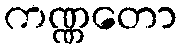
ကဏ္ဏတော